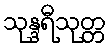
သုန္ဒရီသုတ္တ